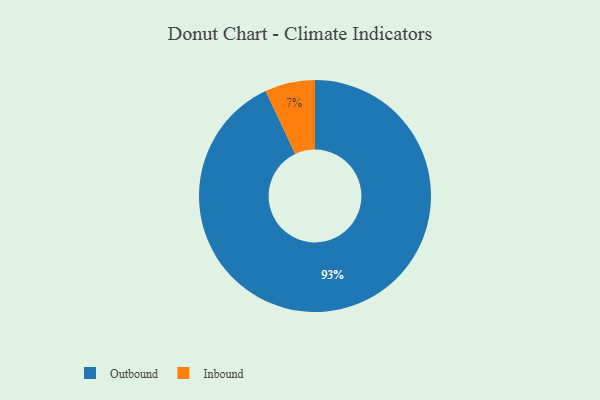
{"axis": {"x": "Category", "y": "Percentage"}, "legend": ["Inbound", "Outbound"], "data": [{"x": "Inbound", "y": 7, "type": "Inbound"}, {"x": "Outbound", "y": 93, "type": "Outbound"}]}